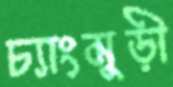
চ্যাংমুড়ী